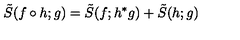
\tilde { S } ( f \circ h ; g ) = \tilde { S } ( f ; h ^ { \ast } g ) + \tilde { S } ( h ; g )